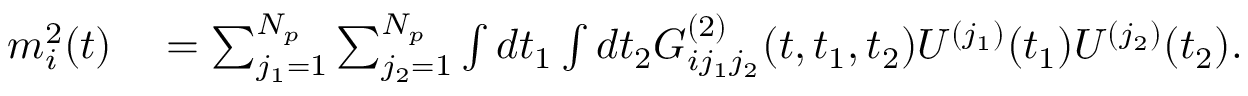
\begin{array} { r l } { m _ { i } ^ { 2 } ( t ) } & { { } = \sum _ { j _ { 1 } = 1 } ^ { N _ { p } } \sum _ { j _ { 2 } = 1 } ^ { N _ { p } } \int d t _ { 1 } \int d t _ { 2 } G _ { i j _ { 1 } j _ { 2 } } ^ { ( 2 ) } ( t , t _ { 1 } , t _ { 2 } ) U ^ { ( j _ { 1 } ) } ( t _ { 1 } ) U ^ { ( j _ { 2 } ) } ( t _ { 2 } ) . } \end{array}